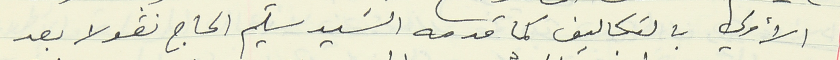
الأولي بالتكاليف كما قدمه السيد سليم الحاج نقولا بعد